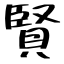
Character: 賢